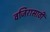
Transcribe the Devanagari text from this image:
वजिरासाठी